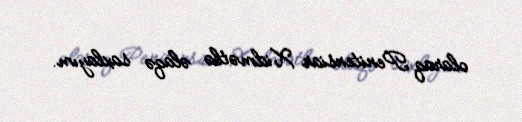
olaraq Penitensiar Xidmətlə əlaqə saxlayım.